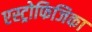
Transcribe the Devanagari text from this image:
एस्ट्रोफिजिका